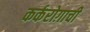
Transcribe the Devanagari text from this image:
कर्करोग़ाची